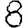
Digit: 8